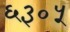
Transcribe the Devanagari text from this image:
६३०५